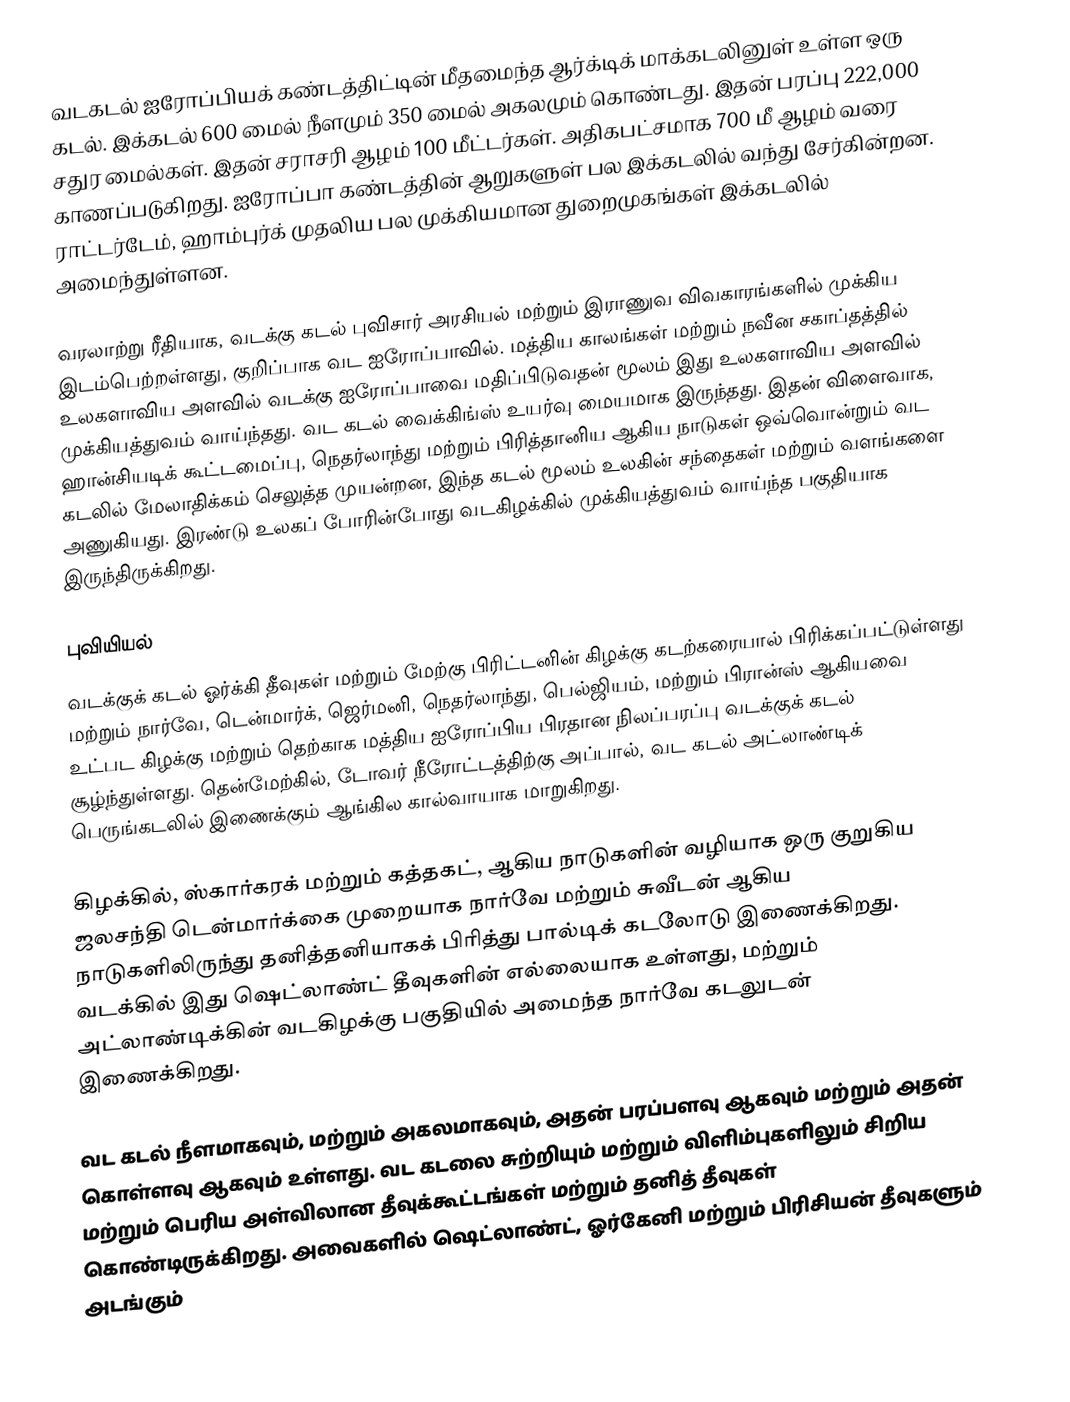
வடகடல் ஐரோப்பியக் கண்டத்திட்டின் மீதமைந்த ஆர்க்டிக் மாக்கடலினுள் உள்ள ஒரு கடல். இக்கடல் 600 மைல் நீளமும் 350 மைல் அகலமும் கொண்டது. இதன் பரப்பு 222,000 சதுர மைல்கள். இதன் சராசரி ஆழம் 100 மீட்டர்கள். அதிகபட்சமாக 700 மீ ஆழம் வரை காணப்படுகிறது. ஐரோப்பா கண்டத்தின் ஆறுகளுள் பல இக்கடலில் வந்து சேர்கின்றன. ராட்டர்டேம், ஹாம்புர்க் முதலிய பல முக்கியமான துறைமுகங்கள் இக்கடலில் அமைந்துள்ளன.

வரலாற்று ரீதியாக, வடக்கு கடல் புவிசார் அரசியல் மற்றும் இராணுவ விவகாரங்களில் முக்கிய இடம்பெற்றள்ளது, குறிப்பாக வட ஐரோப்பாவில். மத்திய காலங்கள் மற்றும் நவீன சகாப்தத்தில் உலகளாவிய அளவில் வடக்கு ஐரோப்பாவை மதிப்பிடுவதன் மூலம் இது உலகளாவிய அளவில் முக்கியத்துவம் வாய்ந்தது. வட கடல் வைக்கிங்ஸ் உயர்வு மையமாக இருந்தது. இதன் விளைவாக, ஹான்சியடிக் கூட்டமைப்பு, நெதர்லாந்து மற்றும் பிரித்தானிய ஆகிய நாடுகள் ஒவ்வொன்றும் வட கடலில் மேலாதிக்கம் செலுத்த முயன்றன, இந்த கடல் மூலம் உலகின் சந்தைகள் மற்றும் வளங்களை அணுகியது. இரண்டு உலகப் போரின்போது வடகிழக்கில்  முக்கியத்துவம் வாய்ந்த பகுதியாக இருந்திருக்கிறது.

புவியியல்
வடக்குக் கடல் ஓர்க்கி தீவுகள் மற்றும் மேற்கு பிரிட்டனின் கிழக்கு கடற்கரையால் பிரிக்கப்பட்டுள்ளது  மற்றும் நார்வே, டென்மார்க், ஜெர்மனி, நெதர்லாந்து, பெல்ஜியம், மற்றும் பிரான்ஸ் ஆகியவை உட்பட கிழக்கு மற்றும் தெற்காக  மத்திய ஐரோப்பிய பிரதான நிலப்பரப்பு வடக்குக் கடல் சூழ்ந்துள்ளது. தென்மேற்கில், டோவர் நீரோட்டத்திற்கு அப்பால், வட கடல் அட்லாண்டிக் பெருங்கடலில் இணைக்கும் ஆங்கில கால்வாயாக மாறுகிறது.

கிழக்கில், ஸ்கார்கரக் மற்றும் கத்தகட், ஆகிய நாடுகளின் வழியாக ஒரு குறுகிய ஜலசந்தி டென்மார்க்கை முறையாக நார்வே மற்றும் சுவீடன் ஆகிய நாடுகளிலிருந்து தனித்தனியாகக் பிரித்து பால்டிக் கடலோடு இணைக்கிறது. வடக்கில் இது ஷெட்லாண்ட் தீவுகளின் எல்லையாக உள்ளது, மற்றும் அட்லாண்டிக்கின் வடகிழக்கு பகுதியில் அமைந்த நார்வே கடலுடன் இணைக்கிறது.

வட கடல்  நீளமாகவும், மற்றும்  அகலமாகவும், அதன் பரப்பளவு  ஆகவும் மற்றும் அதன் கொள்ளவு  ஆகவும் உள்ளது. வட கடலை சுற்றியும் மற்றும் விளிம்புகளிலும் சிறிய மற்றும் பெரிய அள்விலான தீவுக்கூட்டங்கள் மற்றும் தனித் தீவுகள் கொண்டிருக்கிறது. அவைகளில் ஷெட்லாண்ட், ஓர்கேனி மற்றும் பிரிசியன் தீவுகளும் அடங்கும்